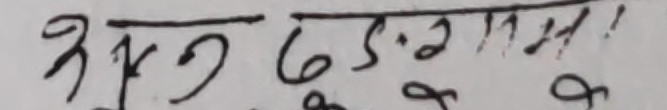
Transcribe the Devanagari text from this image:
अमृत 65.2 गरम!!!